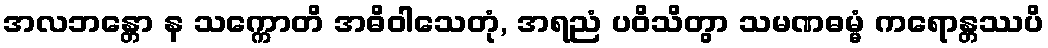
အလဘန္တော န သက္ကောတိ အဓိဝါသေတုံ, အရညံ ပဝိသိတွာ သမဏဓမ္မံ ကရောန္တဿပိ